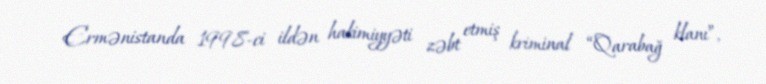
Ermənistanda 1998-ci ildən hakimiyyəti zəbt etmiş kriminal “Qarabağ klanı”,